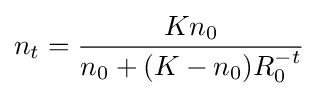
n_{t}={\frac {Kn_{0}}{n_{0}+(K-n_{0})R_{0}^{-t}}}